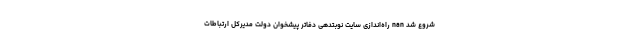
شروع شد nan راه‌اندازی سایت نوبتدهی دفاتر پیشخوان دولت مدیرکل ارتباطات